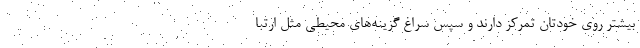
بیشتر روی خودتان تمرکز دارند و سپس سراغ گزینه‌های محیطی مثل ارتبا